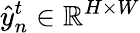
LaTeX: \hat{y}_{n}^{t}\in\mathbb{R}^{H\times W}